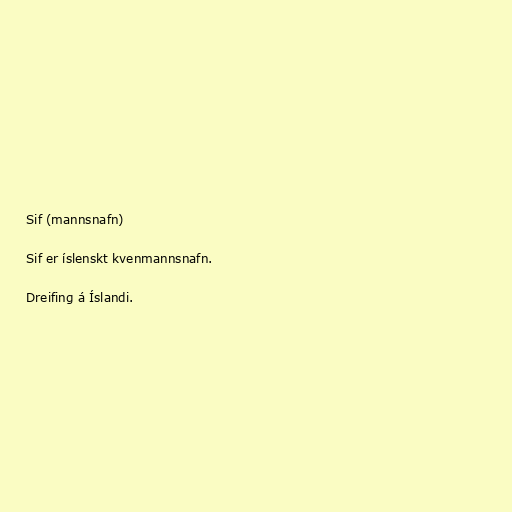
Sif (mannsnafn)

Sif er íslenskt kvenmannsnafn.

Dreifing á Íslandi.